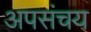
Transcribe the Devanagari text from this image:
अपसंचय